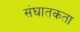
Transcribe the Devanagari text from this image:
संघातकता